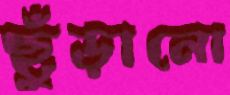
ছুঁড়ানো